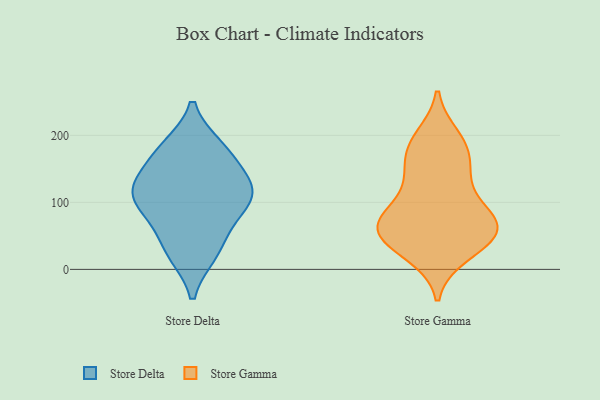
{"axis": {"x": "Customer Acquisition Cost (USD)", "y": "Value"}, "legend": ["Store Delta", "Store Gamma"], "data": [{"x": "", "y": 164, "type": "Store Delta"}, {"x": "", "y": 24, "type": "Store Delta"}, {"x": "", "y": 102, "type": "Store Delta"}, {"x": "", "y": 126, "type": "Store Delta"}, {"x": "", "y": 63, "type": "Store Delta"}, {"x": "", "y": 121, "type": "Store Delta"}, {"x": "", "y": 85, "type": "Store Delta"}, {"x": "", "y": 26, "type": "Store Delta"}, {"x": "", "y": 180, "type": "Store Delta"}, {"x": "", "y": 113, "type": "Store Delta"}, {"x": "", "y": 120, "type": "Store Delta"}, {"x": "", "y": 182, "type": "Store Delta"}, {"x": "", "y": 57, "type": "Store Gamma"}, {"x": "", "y": 165, "type": "Store Gamma"}, {"x": "", "y": 197, "type": "Store Gamma"}, {"x": "", "y": 65, "type": "Store Gamma"}, {"x": "", "y": 41, "type": "Store Gamma"}, {"x": "", "y": 191, "type": "Store Gamma"}, {"x": "", "y": 50, "type": "Store Gamma"}, {"x": "", "y": 179, "type": "Store Gamma"}, {"x": "", "y": 79, "type": "Store Gamma"}, {"x": "", "y": 81, "type": "Store Gamma"}, {"x": "", "y": 120, "type": "Store Gamma"}, {"x": "", "y": 22, "type": "Store Gamma"}, {"x": "", "y": 70, "type": "Store Gamma"}, {"x": "", "y": 28, "type": "Store Gamma"}, {"x": "", "y": 70, "type": "Store Gamma"}, {"x": "", "y": 149, "type": "Store Gamma"}, {"x": "", "y": 61, "type": "Store Gamma"}, {"x": "", "y": 129, "type": "Store Gamma"}]}